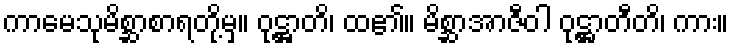
ကာမေသုမိစ္ဆာစာရတို့မှ။ ဝုဋ္ဌာတိ၊ ထ၏။ မိစ္ဆာအာဇီဝါ ဝုဋ္ဌာတီတိ၊ ကား။